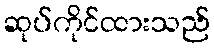
ဆုပ်ကိုင်ထားသည်